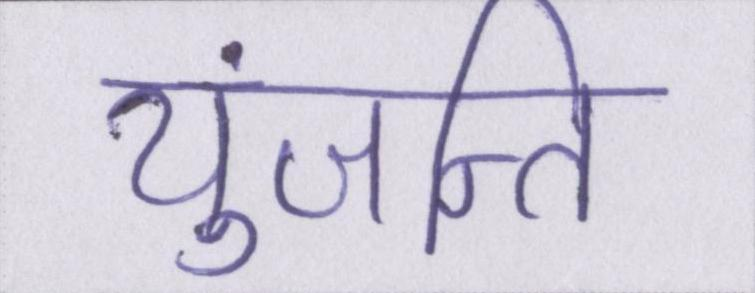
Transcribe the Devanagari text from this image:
युंजन्ति